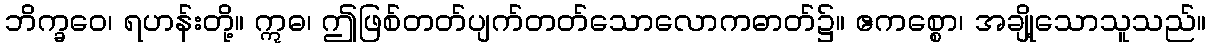
ဘိက္ခဝေ၊ ရဟန်းတို့။ ဣဓ၊ ဤဖြစ်တတ်ပျက်တတ်သောလောကဓာတ်၌။ ဧကစ္စော၊ အချို့သောသူသည်။